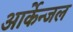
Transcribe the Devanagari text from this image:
आर्केन्जल